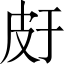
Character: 𤿍